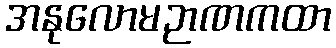
အနုလောမဉာဏကထာ